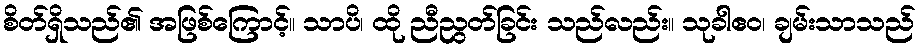
စိတ်ရှိသည်၏ အဖြစ်ကြောင့်။ သာပိ၊ ထို ညီညွတ်ခြင်း သည်လည်း။ သုခါဧဝ၊ ချမ်းသာသည်